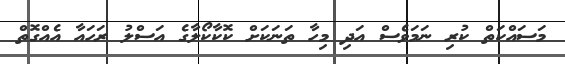
މަސައްކަތް ކުރި ނަމަވެސް އަދި މިހާ ތަނަކަށް ކޮކާކޯލާގެ އަސްލު ރަހައާ އެއްގޮތް